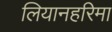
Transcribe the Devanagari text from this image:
लियानहरिमा